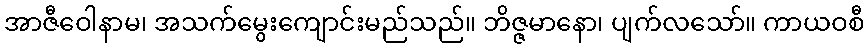
အာဇီဝေါနာမ၊ အသက်မွေးကျောင်းမည်သည်။ ဘိဇ္ဇမာနော၊ ပျက်လသော်။ ကာယဝစီ